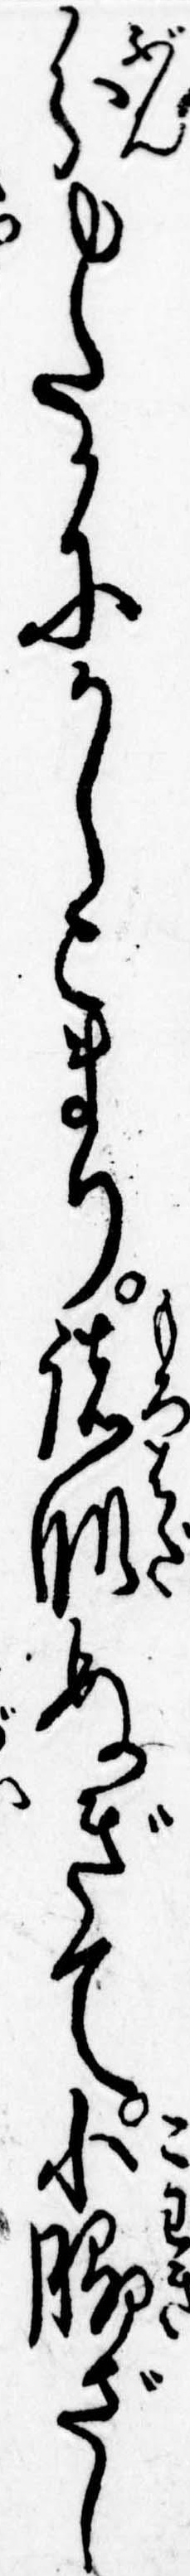
分ゆたかにかしこまり諸肌ぬぎて小脇ざし